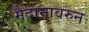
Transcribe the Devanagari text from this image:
मैदानावरुन